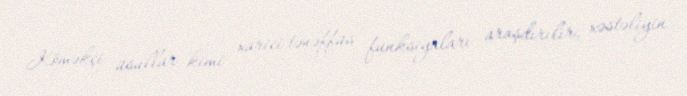
Köməkçi üsullar kimi xarici tənəffüs funksiyaları araşdırılır, xəstəliyin